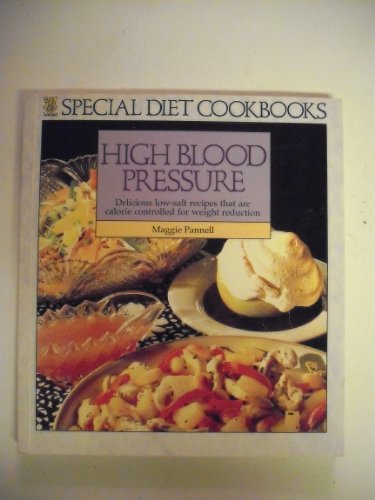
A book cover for High Blood Pressure Special Diet Cookbook: Delicious Low-Salt Recipes That Are Calorie Controlled for Weight Reduction (Special Diet Cookbooks); Maggie Pannell; Health, Fitness & Dieting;